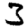
Digit: 3